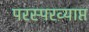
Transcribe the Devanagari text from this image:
परस्परव्याप्त